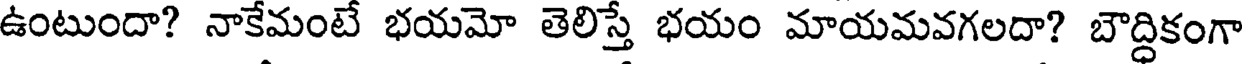
ఉంటుందా? నాకేమంటే భయమో తెలిస్తే భయం మాయమవగలదా? బౌద్ధికంగా